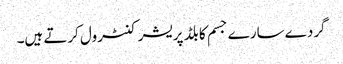
گردے سارے جسم کا بلڈ پریشر کنٹرول کرتے ہیں۔